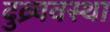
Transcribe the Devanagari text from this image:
दुव्र्यवस्था